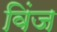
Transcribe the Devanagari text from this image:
विंज